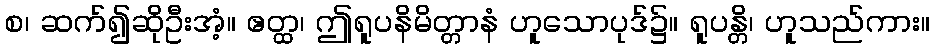
စ၊ ဆက်၍ဆိုဦးအံ့။ ဧတ္ထ၊ ဤရူပနိမိတ္တာနံ ဟူသောပုဒ်၌။ ရူပန္တိ၊ ဟူသည်ကား။